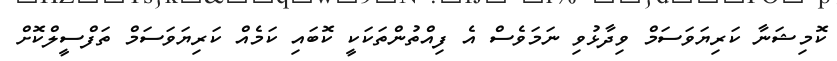
ކޮމިޝަނާ ކަރިޔަވަސަމް ވިދާޅުވި ނަމަވެސް އެ ފިއްތުންތަކަކީ ކޮބައި ކަމެއް ކަރިޔަވަސަމް ތަފްސީލްކޮށް